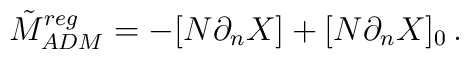
\tilde{M}_{ADM}^{reg}=-[N\partial _{n}X]+[N\partial _{n}X]_{0}\, .